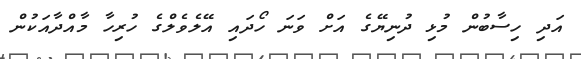
އަދި ހިސާބުން މުޅި ދުނިޔޭގެ އަށް ވަނަ ހޯދައި އޭލެވެލްގެ ހުރިހާ މާއްދާއަކުން